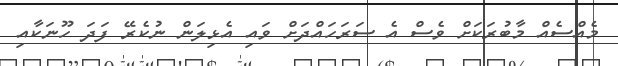
މެއްސެއް މާބުރަކަށް ވެސް އެ ސަރަހައްދަށް ވައި އެޅިލަން ނުކެރޭ ފަދަ ހޫނަކާއި